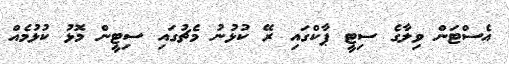
އެސްޓަން ވިލާގެ ސިޓީ ޕާކްގައި ރޭ ކުޅުނު މެޗުގައި ސިޓީން މޮޅު ކުޅުމެއް